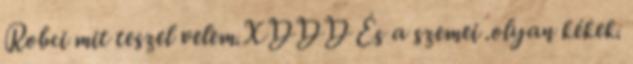
Robci mit teszel velem.XDDD És a szemei .olyan kékek.